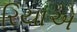
રિયાએ